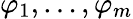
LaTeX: \varphi_{1},\ldots,\varphi_{m}